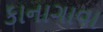
કાનાગાવા